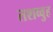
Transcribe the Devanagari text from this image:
तशव्वुह